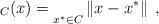
LaTeX: \begin{align*} _C(x)=\mathop{}\limits_{x^* \in C} \left\|x-x^*\right\|\;,\end{align*}